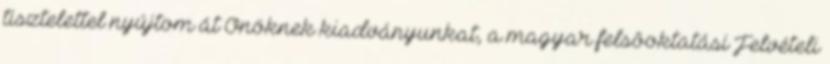
tisztelettel nyújtom át Önöknek kiadványunkat, a magyar felsôoktatási Felvételi